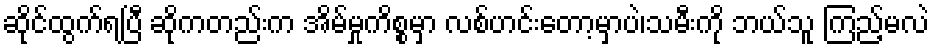
ဆိုင်ထွက်ရပြီ ဆိုကတည်းက အိမ်မှုကိစ္စမှာ လစ်ဟင်းတော့မှာပဲ၊သမီးကို ဘယ်သူ ကြည့်မလဲ